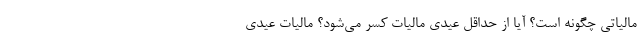
مالیاتی چگونه است؟ آیا از حداقل عیدی مالیات کسر می‌شود؟ مالیات عیدی